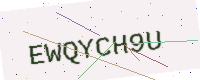
Text: EWQYCH9U